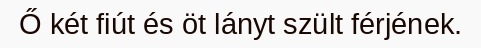
Ő két fiút és öt lányt szült férjének.